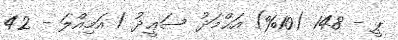
ޕީ - 148 (10%) އަޙްމަދު ސަޢީދު / އަމިއްލަ - 42